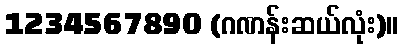
1234567890 (ဂဏန်းဆယ်လုံး)။